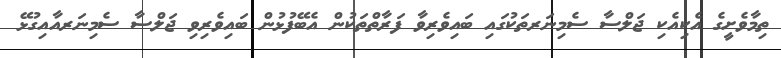
ތިމާވެށީގެ އެކިއެކި ޖަލްސާ ސެމިނަރތަކުގައި ބައިވެރިވާ ފަރާތްތަކުން އެބޭފުޅުން ބައިވެރިވި ޖަލްސާ ސެމިނަރއާއިގުޅޭ